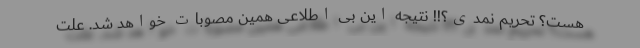
هست؟ تحریم نَمَدی؟!! نتیجه این بی اطلاعی همین مصوبات خواهد شد. علت